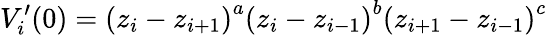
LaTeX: V_{i}^{\prime}(0)=\left(z_{i}-z_{i+1}\right)^{a}\left(z_{i}-z_{i-1}\right)^{b}\left(z_{i+1}-z_{i-1}\right)^{c}